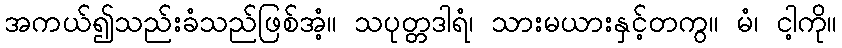
အကယ်၍သည်းခံသည်ဖြစ်အံ့။ သပုတ္တဒါရံ၊ သားမယားနှင့်တကွ။ မံ၊ ငါ့ကို။